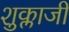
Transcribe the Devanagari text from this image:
शुक्लाजी